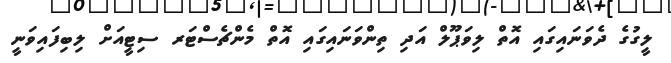
ލީގުގެ ދެވަނައިގައި އޮތް ލިވަޕޫލް އަދި ތިންވަނައިގައި އޮތް މެންޗެސްޓަރ ސިޓީއަށް ލިބިފައިވަނީ